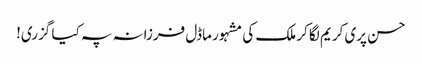
حسن پری کریم لگا کر ملک کی مشہور ماڈل فرزانہ پہ کیا گزری!